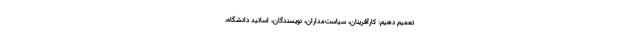
تعمیم دهیم: کارآفرینان، سیاست­‌مداران، نویسندگان، اساتید دانشگاه،